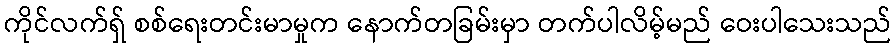
ကိုင်လက်ရှ် စစ်ရေးတင်းမာမှုက နောက်တခြမ်းမှာ တက်ပါလိမ့်မည် ဝေးပါသေးသည်